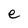
Character: e